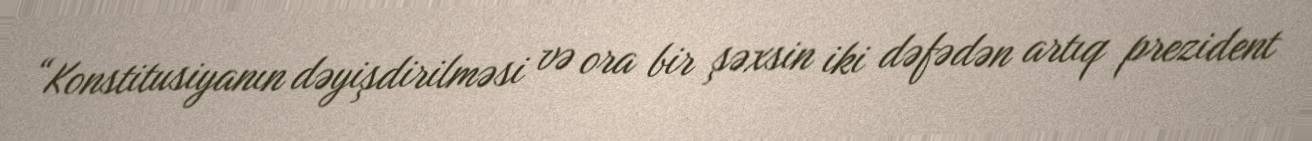
“Konstitusiyanın dəyişdirilməsi və ora bir şəxsin iki dəfədən artıq prezident